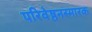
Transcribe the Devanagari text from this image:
परिवेष्ठनस्मारक